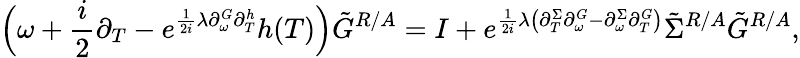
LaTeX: \Big(\omega+\frac{i}{2}\partial_{T}-e^{\frac{1}{2i}\lambda\partial_{\omega}^{G}\partial_{T}^{h}}h(T)\Big)\tilde{G}^{R/A}=I+e^{\frac{1}{2i}\lambda\left(\partial_{T}^{\Sigma}\partial_{\omega}^{G}-\partial_{\omega}^{\Sigma}\partial_{T}^{G}\right)}\tilde{\Sigma}^{R/A}\tilde{G}^{R/A},